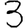
Digit: 3